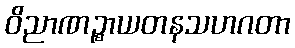
ဝိညာဏဉ္စာယတနသဟဂတာ